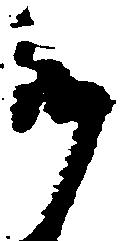
御